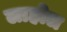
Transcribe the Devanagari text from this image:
लाहोल